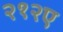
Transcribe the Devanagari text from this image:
२१२ए